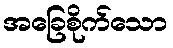
အခြေစိုက်သော